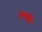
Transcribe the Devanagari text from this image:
दम्‍पति